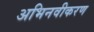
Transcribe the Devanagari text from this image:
अभिनवीकरण